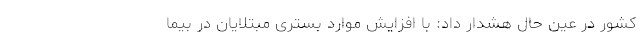
کشور در عین حال هشدار داد: با افزایش موارد بستری مبتلایان در بیما